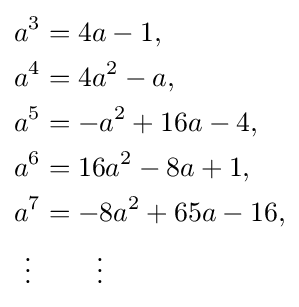
{\begin{aligned}a^{3}&=4a-1,\\a^{4}&=4a^{2}-a,\\a^{5}&=-a^{2}+16a-4,\\a^{6}&=16a^{2}-8a+1,\\a^{7}&=-8a^{2}+65a-16,\\\vdots \ &\qquad \vdots \end{aligned}}